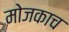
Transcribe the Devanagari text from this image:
मोजकाच